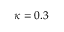
\protect \kappa = 0 . 3